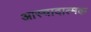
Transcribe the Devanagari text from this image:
आस्वादात्मक